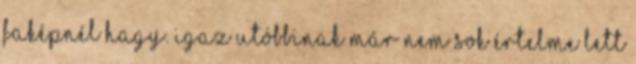
faképnél hagy. Igaz utóbbinak már nem sok értelme lett